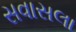
સવાસલા